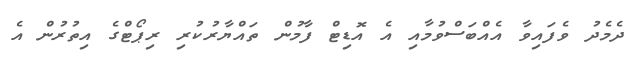
ދެމެދު ވެފައިވާ އެއްބަސްވުމާއި އެ އޮޑިޓް ފާމުން ތައްޔާރުކުރި ރިޕޯޓްގެ އިތުރުން އެ